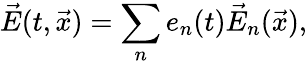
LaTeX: \vec{E}(t,\vec{x})=\sum_{n}e_{n}(t)\vec{E}_{n}(\vec{x}),